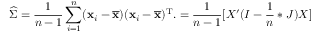
{ \widehat { \boldsymbol { \Sigma } } } = { \frac { 1 } { n - 1 } } \sum _ { i = 1 } ^ { n } ( \mathbf { x } _ { i } - { \overline { { \mathbf { x } } } } ) ( \mathbf { x } _ { i } - { \overline { { \mathbf { x } } } } ) ^ { \mathrm { { T } } } . = { \frac { 1 } { n - 1 } } [ X ^ { \prime } ( I - { \frac { 1 } { n } } * J ) X ]